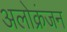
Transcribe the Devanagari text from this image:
अलोक्रंजन